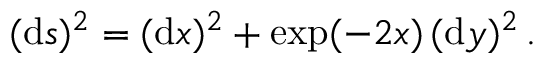
( \mathrm { d } s ) ^ { 2 } = ( \mathrm { d } x ) ^ { 2 } + \exp ( - 2 x ) \, ( \mathrm { d } y ) ^ { 2 } \, .